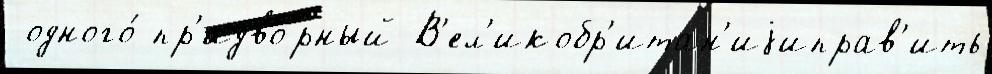
 одного́ пр'идво́рный В'ел'икобр'итан'иjиправ'ить